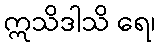
ဣသိဒါသိ ရေ၊